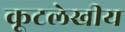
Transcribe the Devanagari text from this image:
कूटलेखीय